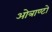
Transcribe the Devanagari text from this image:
ओत्राण्टो